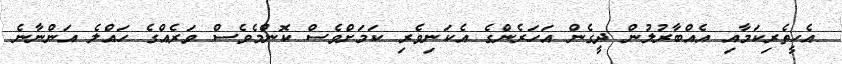
އެހީތެރިކަމާއި އެއްބާރުލުން ދީގެން އަހަރެންގެ އެކަނިވެރި ކަމަށްވެސް ކޮންމެވެސް ވަރެއްގެ ހައްލެ އަންނާނެ